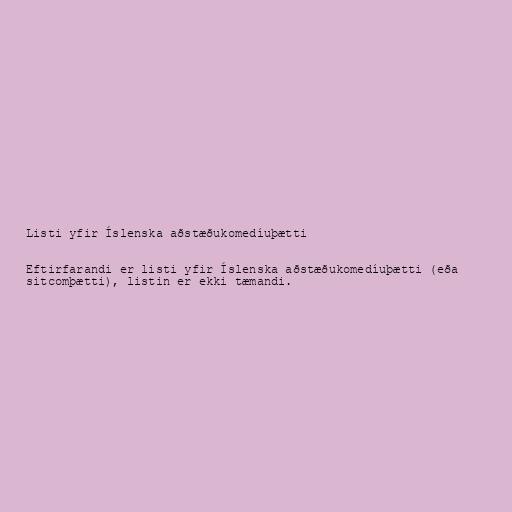
Listi yfir Íslenska aðstæðukomedíuþætti

Eftirfarandi er listi yfir Íslenska aðstæðukomedíuþætti (eða
sitcomþætti), listin er ekki tæmandi.